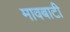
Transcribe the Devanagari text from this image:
मावबाटी